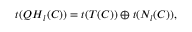
t ( { \cal Q H } _ { l } ( { \cal C } ) ) = t ( T ( { \cal C } ) ) \oplus t ( N _ { l } ( { \cal C } ) ) ,